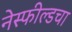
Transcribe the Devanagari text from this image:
नेस्फील्डचा